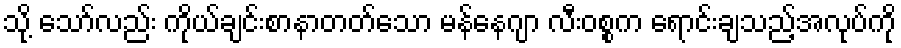
သို့ သော်လည်း ကိုယ်ချင်းစာနာတတ်သော မန်နေဂျာ လီးဝစ္စက ရောင်းချသည့်အလုပ်ကို